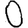
Digit: 0